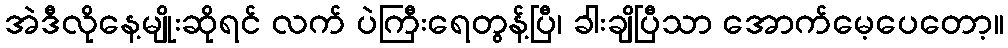
အဲဒီလိုနေ့မျိုးဆိုရင် လက် ပဲကြီးရေတွန့်ပြီ၊ ခါးချိပြီသာ အောက်မေ့ပေတော့။